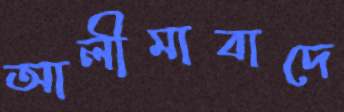
আলীমাবাদে